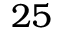
2 5